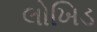
લોખિડ